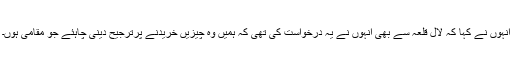
انہوں نے کہا کہ لال قلعہ سے بھی انہوں نے یہ درخواست کی تھی کہ ہمیں وہ چیزیں خریدنے پرترجیح دینی چاہئے جو مقامی ہوں۔